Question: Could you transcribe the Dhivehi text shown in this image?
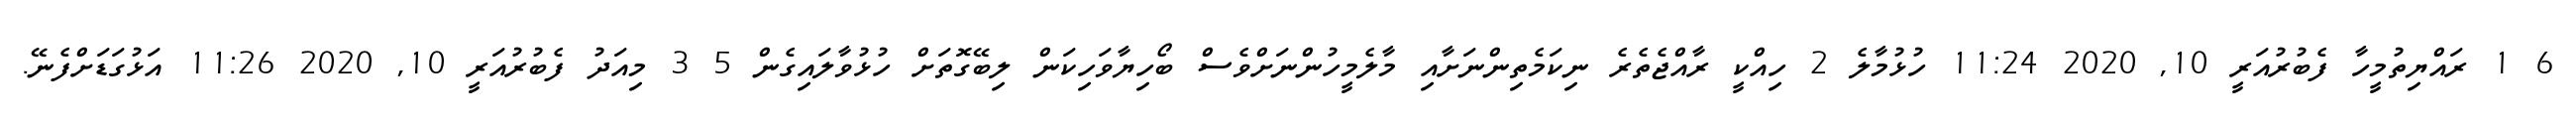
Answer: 6 1 ރައްޔިތުމީހާ ފެބުރުއަރީ 10, 2020 11:24 ހުޅުމާލެ 2 ހިއްކީ ރާއްޖެތެރެ ނިކަމެތިންނަށާއި މާލެމީހުންނަށްވެސް ބޯހިޔާވަހިކަން ލިބޭގޮތަށް ހުޅުވާލައިގެން 5 3 މިއަދު ފެބުރުއަރީ 10, 2020 11:26 އަޅުގަޑަށްފެނޭ.